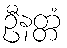
ဦနတ္တံ